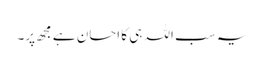
یہ سب اللہ ہی کا احسان ہے مجھ پر۔